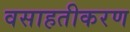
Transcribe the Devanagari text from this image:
वसाहतीकरण